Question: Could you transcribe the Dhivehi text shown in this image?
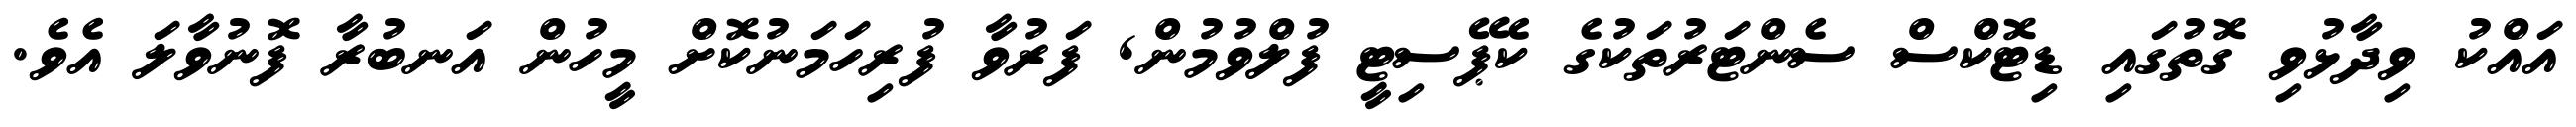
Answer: އައްކު ވިދާޅުވި ގޮތުގައި ޑިޓޮކްސް ސެންޓަރުތަކުގެ ކެޕޭސިޓީ ފުލްވުމުން, ފަރުވާ ފުރިހަމަނުކޮށް މީހުން އަނބުރާ ފޮނުވާލަ އެވެ.